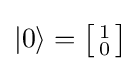
|0\rangle ={\bigl [}{\begin{smallmatrix}1\\0\end{smallmatrix}}{\bigr ]}